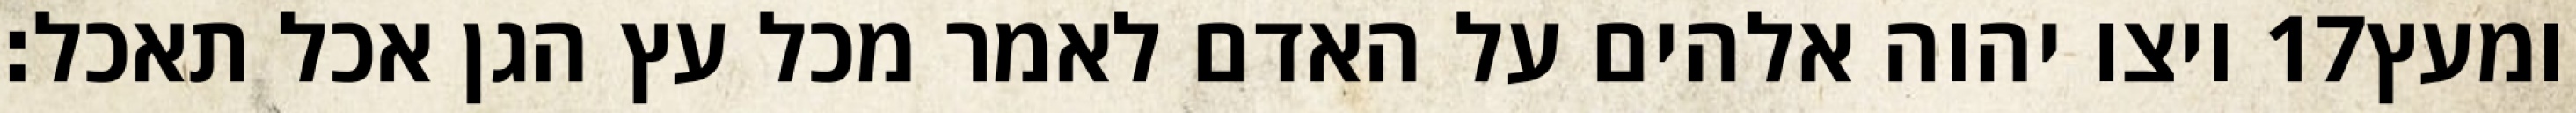
ויצו יהוה אלהים על האדם לאמר מכל עץ הגן אכל תאכל׃ ‎17‏ ומעץ